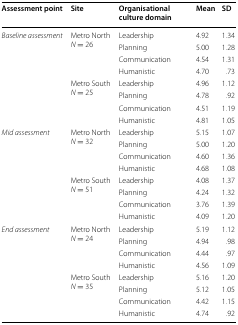
| Assessment point | Site | Organisational culture domain | Mean | SD |
 | --- | --- | --- | --- | --- |
 | <ROWSPAN=8> Baseline assessment | <ROWSPAN=4> Metro NorthN = 26 | Leadership | 4.92 | 1.34 |
 | Planning | 5.00 | 1.28 |
 | Communication | 4.54 | 1.31 |
 | Humanistic | 4.70 | .73 |
 | <ROWSPAN=4> Metro SouthN = 25 | Leadership | 4.96 | 1.12 |
 | Planning | 4.78 | .92 |
 | Communication | 4.51 | 1.19 |
 | Humanistic | 4.81 | 1.05 |
 | <ROWSPAN=8> Mid assessment | <ROWSPAN=4> Metro NorthN = 32 | Leadership | 5.15 | 1.07 |
 | Planning | 5.00 | 1.20 |
 | Communication | 4.60 | 1.36 |
 | Humanistic | 4.68 | 1.08 |
 | <ROWSPAN=4> Metro SouthN = 51 | Leadership | 4.08 | 1.37 |
 | Planning | 4.24 | 1.32 |
 | Communication | 3.76 | 1.39 |
 | Humanistic | 4.09 | 1.20 |
 | <ROWSPAN=8> End assessment | <ROWSPAN=4> Metro NorthN = 24 | Leadership | 5.19 | 1.12 |
 | Planning | 4.94 | .98 |
 | Communication | 4.44 | .97 |
 | Humanistic | 4.56 | 1.09 |
 | <ROWSPAN=4> Metro SouthN = 35 | Leadership | 5.16 | 1.20 |
 | Planning | 5.12 | 1.05 |
 | Communication | 4.42 | 1.15 |
 | Humanistic | 4.74 | .92 |